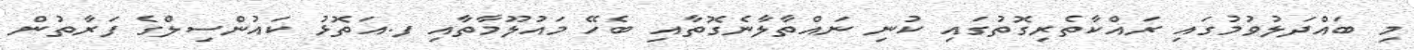
މި ބައްދަލުވުމުގައި ރައްކާތެރިގޮތުގައި ކުނި ނައްތާލާނެގޮތާއި ބެހޭ މައުލޫމާތާއި ފ.އަތޮޅު ކައުންސިލްގެ ފަރާތުން